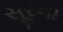
સૂરના